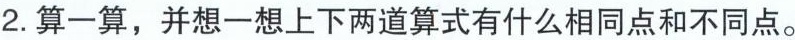
2.算一算，并想一想上下两道算式有什么相同点和不同点。